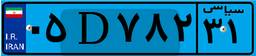
۸۰D۲۰۲۳۶